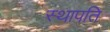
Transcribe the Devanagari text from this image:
स्‍थापति